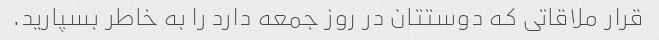
قرار ملاقاتی که دوستتان در روز جمعه دارد را به خاطر بسپارید.